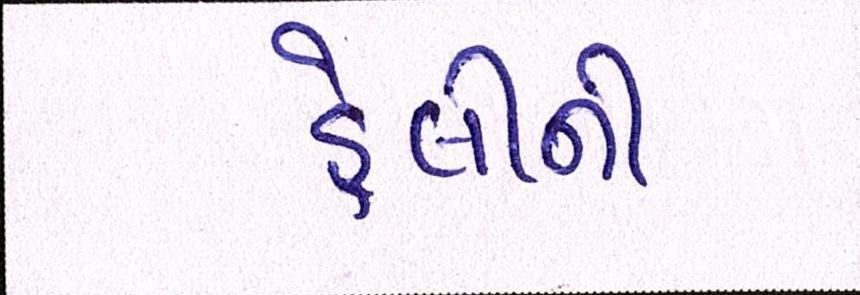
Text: હેલીની